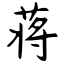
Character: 蒋